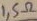
Text: 1,5Ω